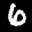
Label: 6